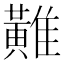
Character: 𪏌